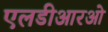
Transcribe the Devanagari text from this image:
एलडीआरओ